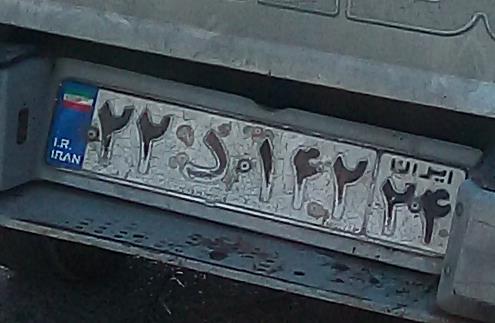
۲۲د۱۴۲۲۴